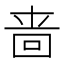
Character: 啬